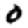
Digit: 0